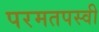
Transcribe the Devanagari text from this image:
परमतपस्वी